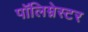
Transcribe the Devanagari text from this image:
पॉलिम्नेस्टर